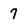
Character: 7